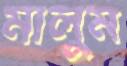
মালুম